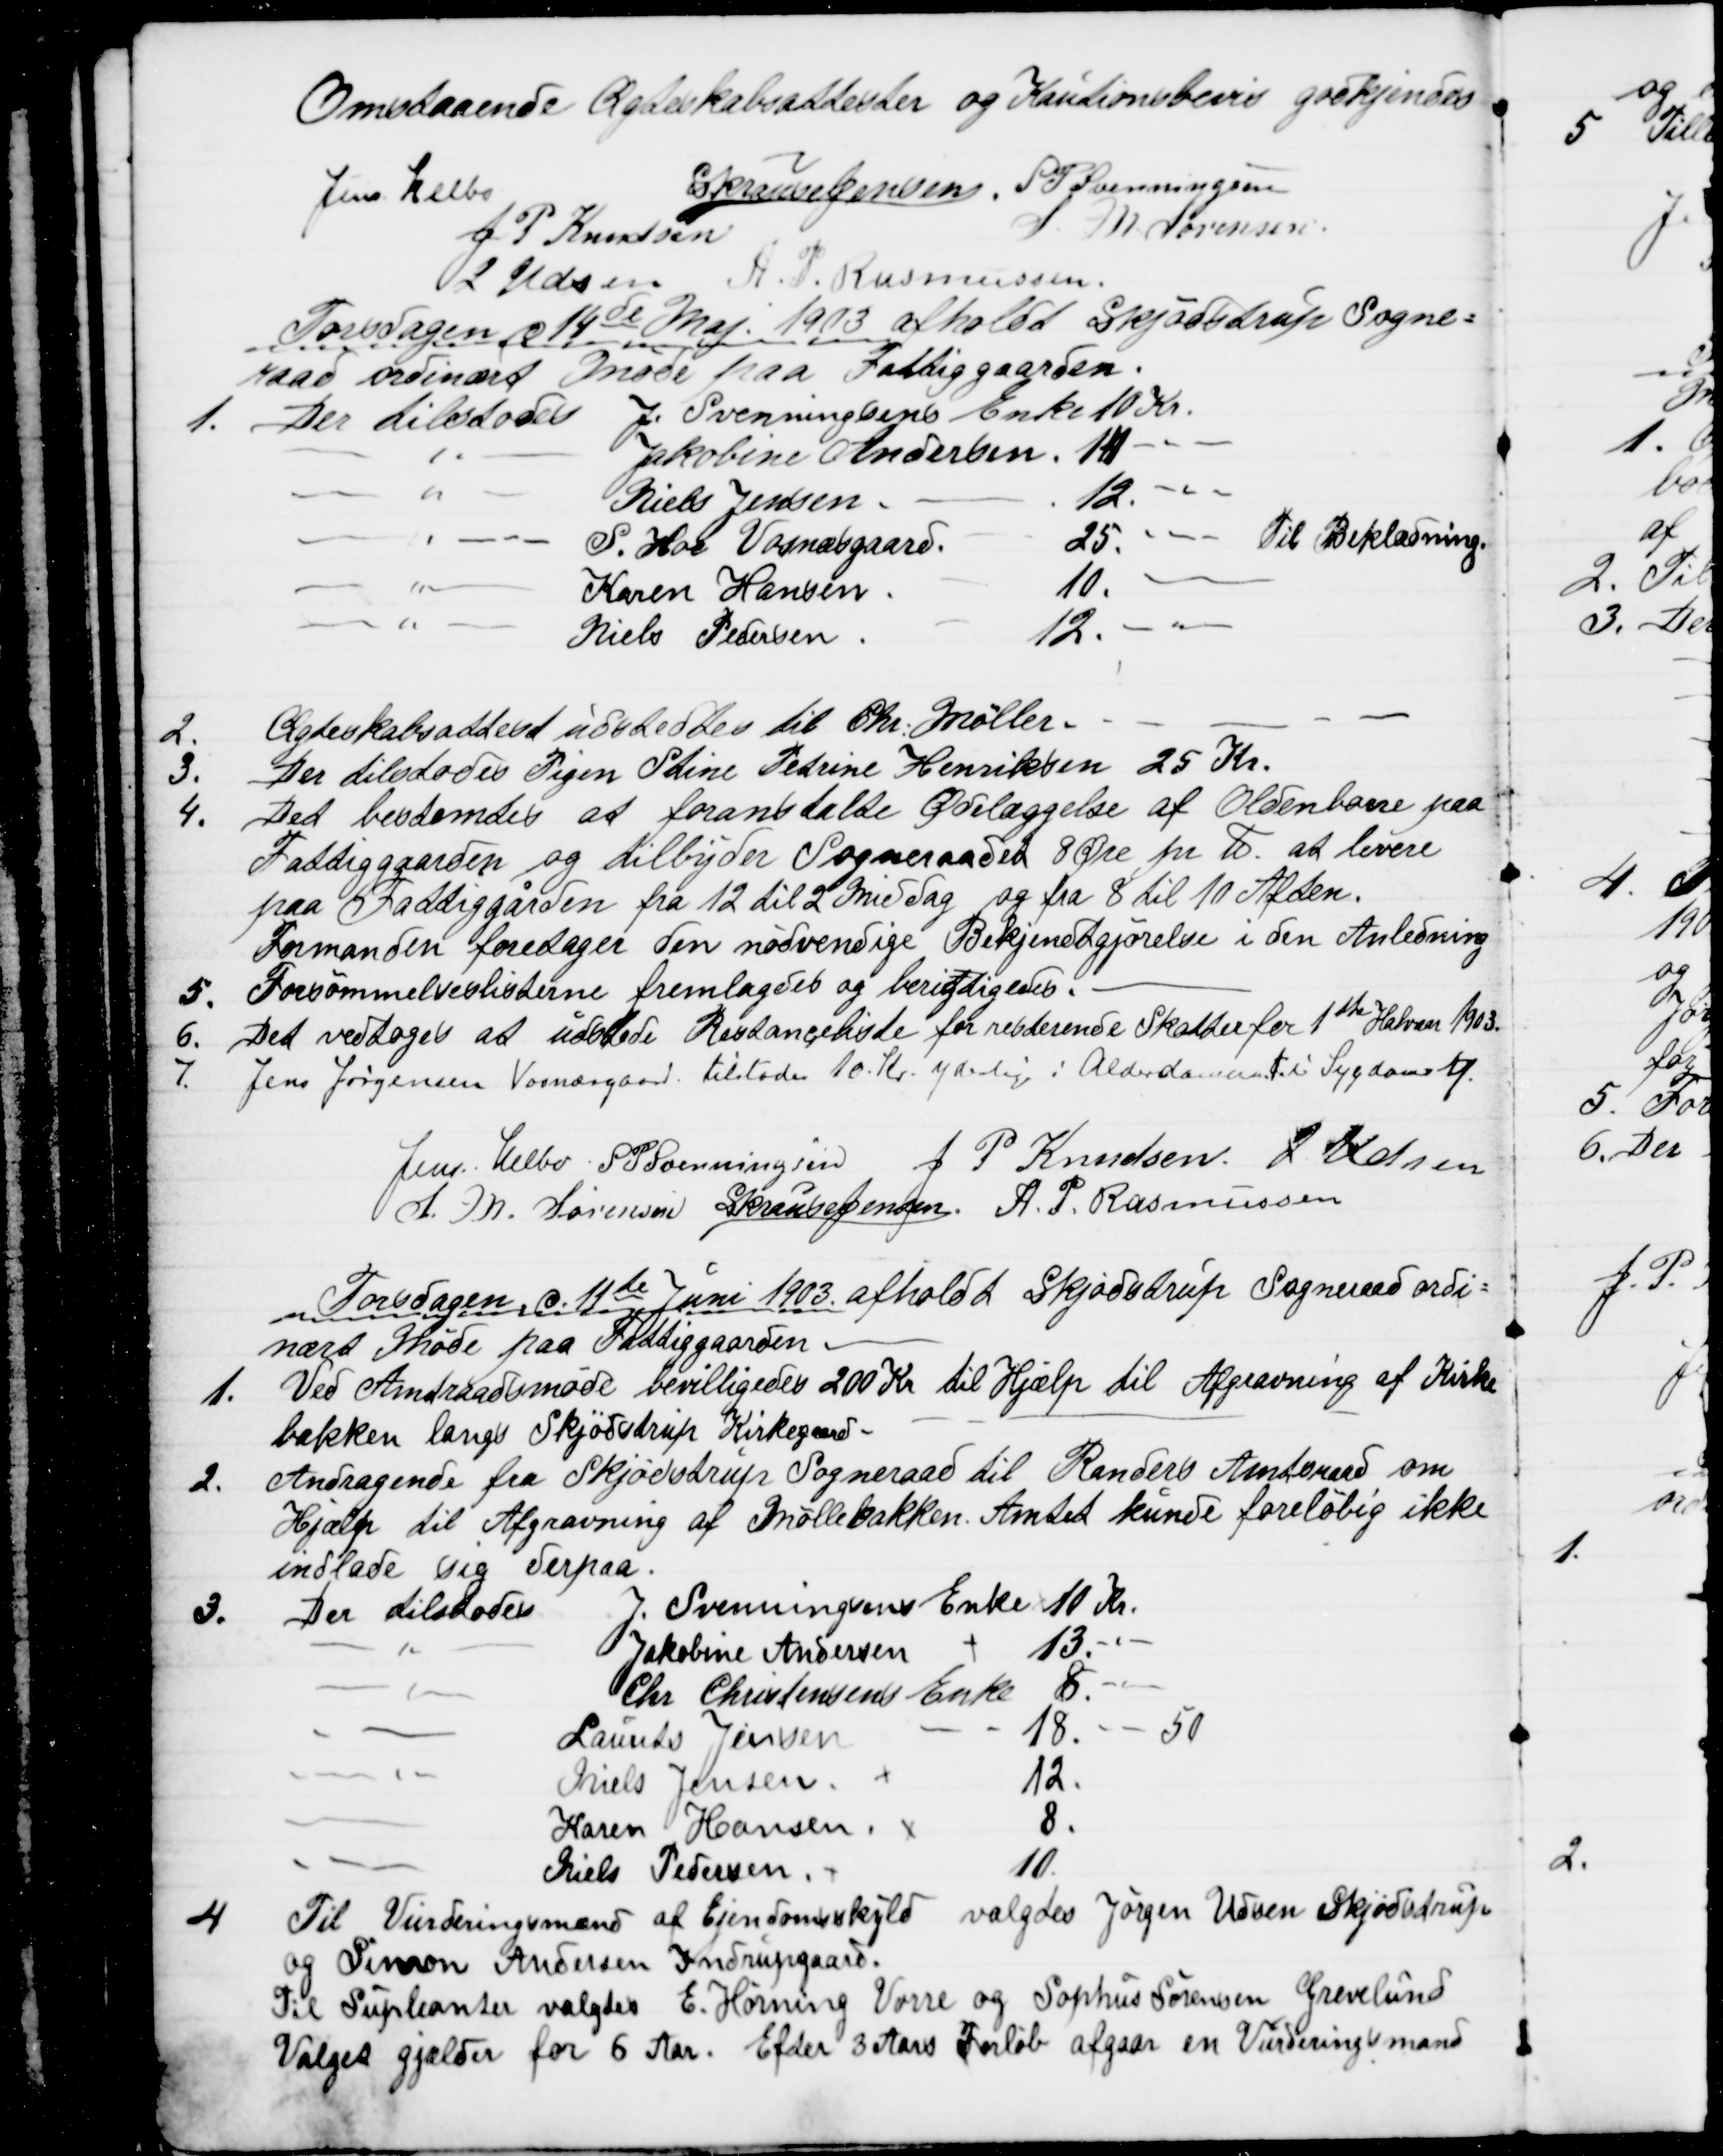
Transskription:
Omstaaende Ægteskabsattester og Kautionsbevis godkjendes
Jens Helbo
S Krause Jensen. S. P. Svenningsen
J. P. Knudsen
S. M. Sørensen
J Udsen A. P. Rasmussen.
Torsdagen d 14de Maj 1903 afholdt Skjødstrup Sogne=
raad ordinært Møde paa Fattiggaarden.
1. Der tilstodes
J. Svenningsens Enke 10 Kr.
" Jakobine Andersen. 14 "
" Niels Jensen
12. "
" S. Hoe Vognæsgaard.
25. "
Til Beklædning.
" Karen Hansen
10. Kr
" Niels Pedersen
12. "
2.
Ægteskabsattest udstedtes til Chr. Møller.
3.
Der tilstodes Pigen Stine Petrine Henriksen 25 Kr.
4.
Det bestemtes at foranstalte Ødelæggelse af Oldenborre paa
Fattiggaarden og tilbyder Sogneraadet 8 Øre pr. ℔ at levere
paa Fattiggården fra 12 til 2 Middag og fra 8 til 10 Aften.
Formanden foretager den nødvendige Bekjendtgjørelse i den Anledning
5. Forsømmelseslisterne fremlagdes og berigtigedes.
6.
Det vedtoges at udstede Restanceliste for resterende Skatter for 1ste Halvaar 1903.
7.
Jens Jørgensen Vosnæsgaard tilstodes 10 Kr. yderlig i Alderdsmunst i Sygdomstf.
Jens Helbo S. P. Svenningsen
J. P. Knudsen J. Udsen
S. M. Sørensen S Krause Jensen. A. P. Rasmussen
Torsdagen d. 11te Juni 1903. afholdt Skjødstrup Sogneraad ordi=
nært Møde paa Fattiggaarden
1. Ved Amtraadsmøde bevilligedes 200 Kr til Hjælp til Afgravning af Kirke
bakken langs Skjødstrup Kirkegaard
2.
Andragende fra Skjødstrup Sogneraad til Randers Amtsraad om
Hjælp til Afgravning af Møllebakken. Amtet kunde foreløbig ikke
indlade sig derpaa.
3.
Der tilstodes
J. Svenningsens Enke 10 Kr.
" Jakobine Andersen
13. "
" Chr. Christensens Enke
8. "
Laurits Jensen
18." 50
Niels Jensen
12.
Karen Hansen.
8.
Niels Pedersen
10.
4
Til Vurderingsmænd af Ejendomsskyld valgtes Jørgen Udsen Skjødstrup
og Simon Andersen Indrupgaard.
Til Supleanter valgtes E. Hørning Vorre og Sophus Sørensen Grevelund
Valget gjælder for 6 Aar. Efter 3 Aars Forløb afgaar en Vurderingsmand